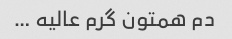
دم همتون گرم عالیه …